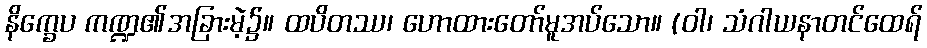
နိက္ခေပ ကဏ္ဍ၏အခြားမဲ့၌။ ထပိတဿ၊ ဟောထားတော်မူအပ်သော။ (ဝါ၊ သံဂါယနာတင်ထေရ်